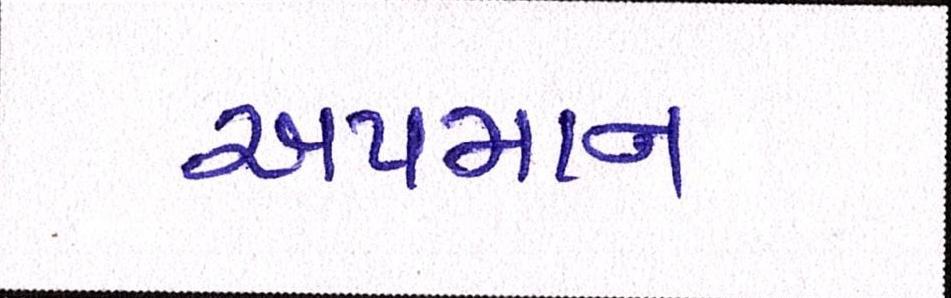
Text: અપમાન